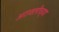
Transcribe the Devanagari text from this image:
अरावलीच्या